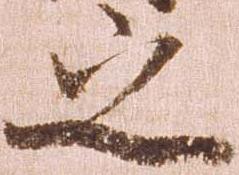
之